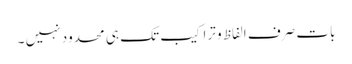
بات صرف الفاظ و تراکیب تک ہی محدود نہیں ۔